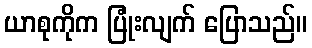
ယာစုကိုက ပြုံးလျက် ပြောသည်။